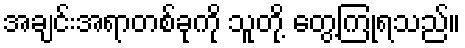
အချင်းအရာတစ်ခုကို သူတို့ တွေ့ကြုံရသည်။